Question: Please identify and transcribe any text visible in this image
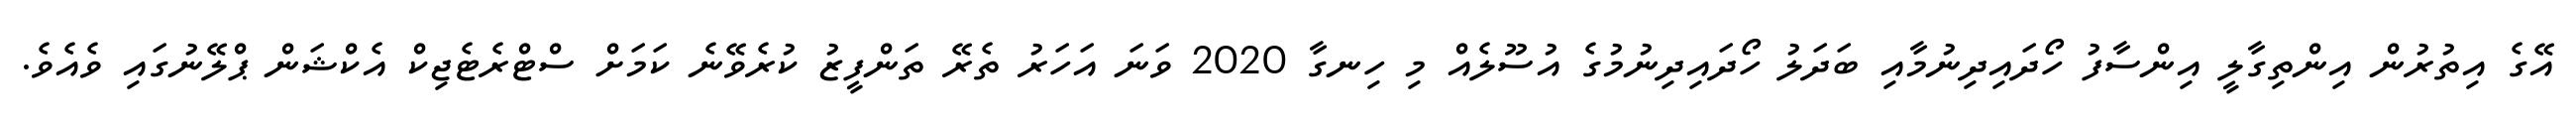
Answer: އޭގެ އިތުރުން އިންތިގާލީ އިންސާފު ހޯދައިދިނުމާއި ބަދަލު ހޯދައިދިނުމުގެ އުސޫލެއް މި ހިނގާ 2020 ވަނަ އަހަރު ތެރޭ ތަންފީޒު ކުރެވޭނެ ކަމަށް ސްޓްރެޓެޖިކް އެކްޝަން ޕްލޭނުގައި ވެއެވެ.